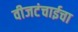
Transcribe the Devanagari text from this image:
वीजटंचाईचा